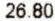
26.80